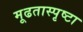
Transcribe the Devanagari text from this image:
मूढतास्पृष्टा